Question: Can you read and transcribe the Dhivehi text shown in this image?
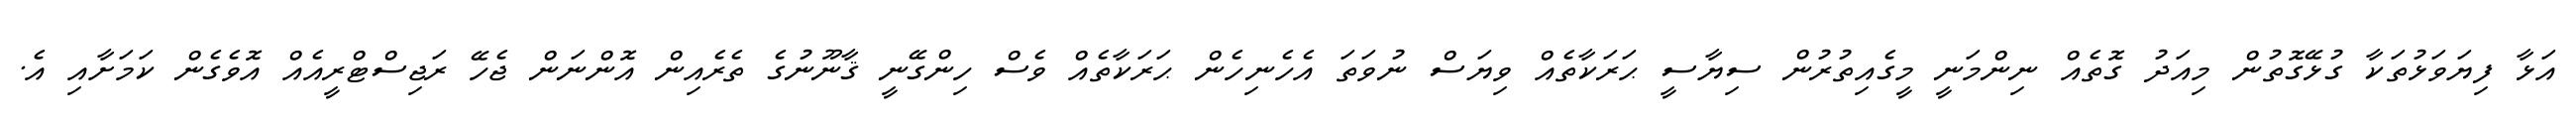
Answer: އަޅާ ފިޔަވަޅުތަކާ ގުޅޭގޮތުން މިއަދު ގޮތެއް ނިންމަނީ މީގެއިތުރުން ސިޔާސީ ޙަރަކާތެއް ވިޔަސް ނުވަތަ އެހެނިހެން ޙަރަކާތެއް ވެސް ހިންގޭނީ ޤާނޫނުގެ ތެރެއިން އޮންނަން ޖެހޭ ރަޖިސްޓްރީއެއް އޮވެގެން ކަމަށާއި އެ.